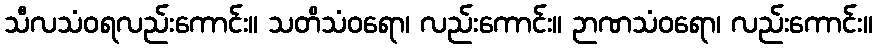
သီလသံဝရလည်းကောင်း။ သတိသံဝရော၊ လည်းကောင်း။ ဉာဏသံဝရော၊ လည်းကောင်း။